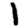
Digit: 1